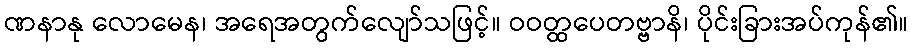
ဏနာနု လောမေန၊ အရေအတွက်လျော်သဖြင့်။ ဝဝတ္ထပေတဗ္ဗာနိ၊ ပိုင်းခြားအပ်ကုန်၏။